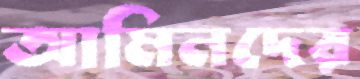
আমিনদের